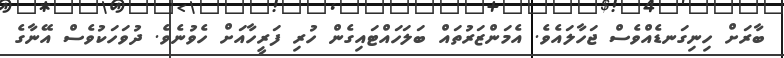
ބާރަށް ހިނިގަނޑެއްވެސް ޖަހާލައެވެ. އެމަންޒަރުތައް ބަލަހައްޓައިގެން ހުރި ފަރީހާއަށް ހެވުނެވެ. ދުވަހަކުވެސް އޭނާގެ